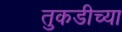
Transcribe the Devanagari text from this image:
तुकडीच्या